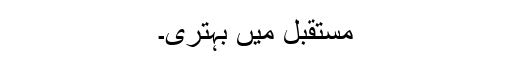
مستقبل میں بہتری۔